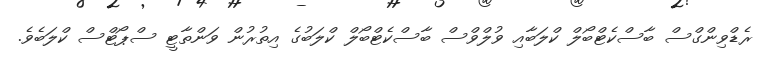
ރެޑްވިންގްސް ބާސްކެޓްބޯލް ކްލަބާއި ވުލްވްސް ބާސްކެޓްބޯލް ކްލަބުގެ އިތުރުން ވަންތާޓީ ސްޕޯޓްސް ކްލަބެވެ.